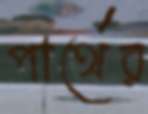
পার্থের